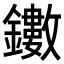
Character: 𨯃